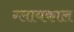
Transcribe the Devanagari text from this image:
ग्लायकाल